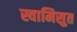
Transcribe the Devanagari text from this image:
स्वामिसुत